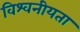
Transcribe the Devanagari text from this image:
विश्वनीयता